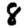
Digit: 8